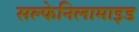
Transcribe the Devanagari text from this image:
सल्फेनिलामाइड